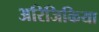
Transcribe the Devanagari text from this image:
अरिजिकिया